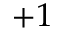
+ 1